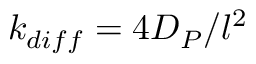
k _ { d i f f } = 4 D _ { P } / l ^ { 2 }